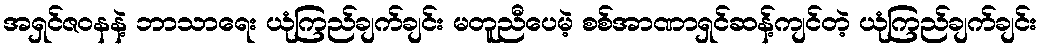
အရှင်ဇဝနနဲ့ ဘာသာရေး ယုံကြည်ချက်ချင်း မတူညီပေမဲ့ စစ်အာဏာရှင်ဆန့်ကျင်တဲ့ ယုံကြည်ချက်ချင်း